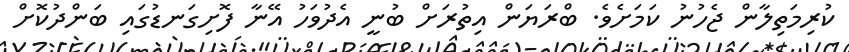
ކުރިމަތިލާން ޖެހުނު ކަމަށެވެ. ބްރަޔަން އިތުރަށް ބުނީ އެދުވަހު އޭނާ ފޮށިގަނޑުގައި ބަންދުކޮށް